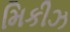
મિકીઝ